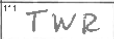
Transcription: TWR